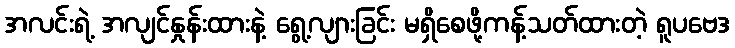
အလင်းရဲ့ အလျင်နှုန်းထားနဲ့ ရွေ့လျားခြင်း မရှိစေဖို့ကန့်သတ်ထားတဲ့ ရူပဗေဒ